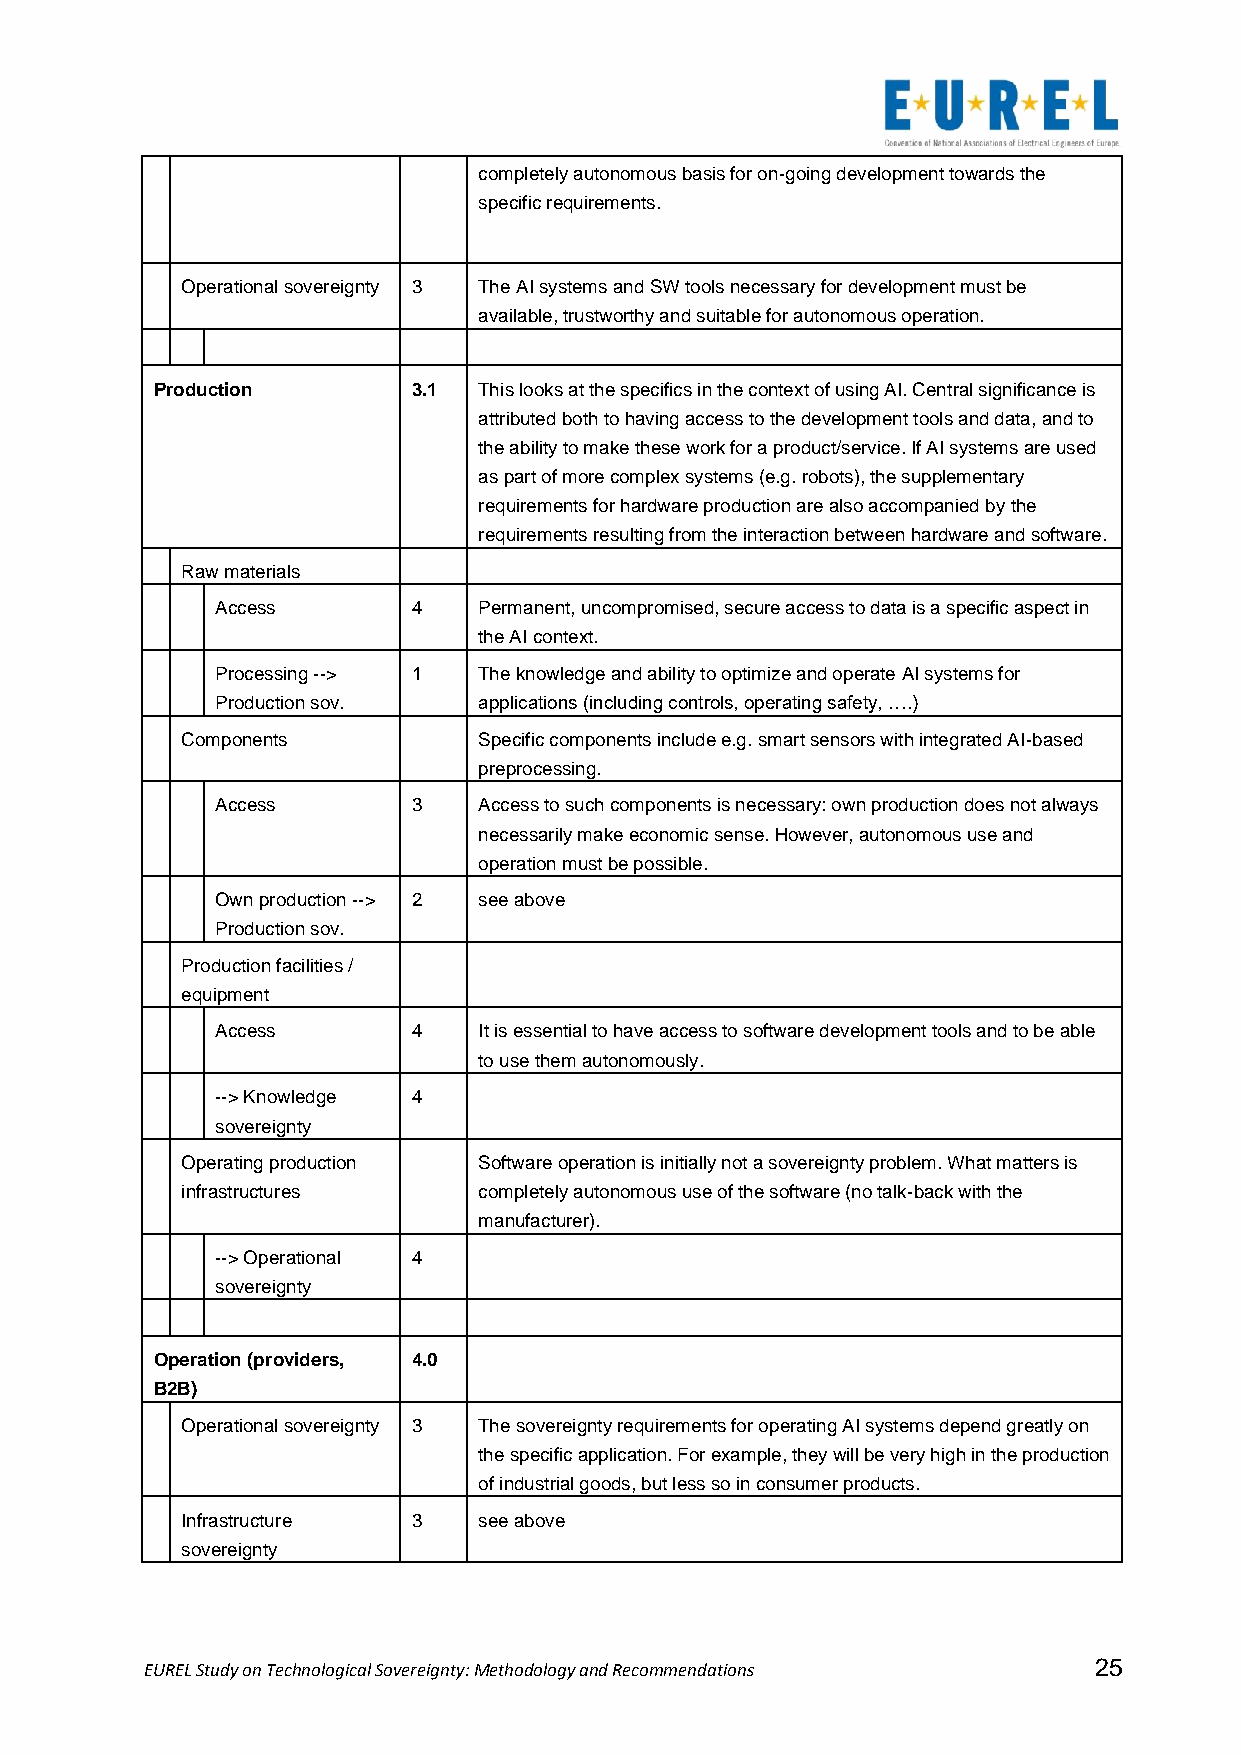
completely autonomous basis for on-going development towards the
 specific requirements.
 Operational sovereignty 3 The AI systems and SW tools necessary for development must be
 available, trustworthy and suitable for autonomous operation.
 Production       3.1  This looks at the specifics in the context of using AI. Central significance is
 attributed both to having access to the development tools and data, and to
 the ability to make these work for a product/service. If AI systems are used
 as part of more complex systems (e.g. robots), the supplementary
 requirements for hardware production are also accompanied by the
 requirements resulting from the interaction between hardware and software.
 Raw materials
 Access       4    Permanent, uncompromised, secure access to data is a specific aspect in
 the AI context.
 Processing --> 1  The knowledge and ability to optimize and operate AI systems for
 Production sov.   applications (including controls, operating safety, ….)
 Components          Specific components include e.g. smart sensors with integrated AI-based
 preprocessing.
 Access       3    Access to such components is necessary: own production does not always
 necessarily make economic sense. However, autonomous use and
 operation must be possible.
 Own production --> 2 see above
 Production sov.
 Production facilities /
 equipment
 Access       4    It is essential to have access to software development tools and to be able
 to use them autonomously.
 --> Knowledge 4
 sovereignty
 Operating production Software operation is initially not a sovereignty problem. What matters is
 infrastructures     completely autonomous use of the software (no talk-back with the
 manufacturer).
 --> Operational 4
 sovereignty
 Operation (providers, 4.0
 B2B)
 Operational sovereignty 3 The sovereignty requirements for operating AI systems depend greatly on
 the specific application. For example, they will be very high in the production
 of industrial goods, but less so in consumer products.
 Infrastructure 3    see above
 sovereignty
 EUREL Study on Technological Sovereignty: Methodology and Recommendations 25